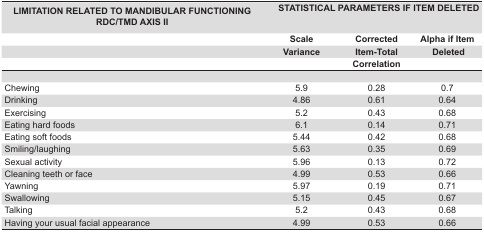
<table><thead><tr><td><b>LIMITATION RELATED TO MANDIBULAR FUNCTIONING RDC/TMDAXIS II</b></td><td colspan="3"><b>STATISTICAL PARAMETERS IFITEM DELETED</b></td></tr><tr><td><b> </b></td><td><b>Scale</b></td><td><b>Corrected</b></td><td><b>Alpha if Item</b></td></tr><tr><td><b> </b></td><td><b>Variance</b></td><td><b>Item-Total </b></td><td><b>Deleted</b></td></tr><tr><td><b> </b></td><td><b> </b></td><td><b> Correlation</b></td><td><b> </b></td></tr></thead><tbody><tr><td> </td><td> </td><td> </td><td> </td></tr><tr><td>Chewing</td><td>5.9</td><td>0.28</td><td>0.7</td></tr><tr><td>Drinking</td><td>4.86</td><td>0.61</td><td>0.64</td></tr><tr><td>Exercising</td><td>5.2</td><td>0.43</td><td>0.68</td></tr><tr><td>Eating hard foods</td><td>6.1</td><td>0.14</td><td>0.71</td></tr><tr><td>Eating soft foods</td><td>5.44</td><td>0.42</td><td>0.68</td></tr><tr><td>Smiling/laughing</td><td>5.63</td><td>0.35</td><td>0.69</td></tr><tr><td>Sexual activity</td><td>5.96</td><td>0.13</td><td>0.72</td></tr><tr><td>Cleaning teeth or face</td><td>4.99</td><td>0.53</td><td>0.66</td></tr><tr><td>Yawning</td><td>5.97</td><td>0.19</td><td>0.71</td></tr><tr><td>Swallowing</td><td>5.15</td><td>0.45</td><td>0.67</td></tr><tr><td>Talking</td><td>5.2</td><td>0.43</td><td>0.68</td></tr><tr><td>Having your usual facial appearance</td><td>4.99</td><td>0.53</td><td>0.66</td></tr></tbody></table>